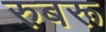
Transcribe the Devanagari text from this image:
रुबरू